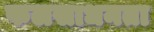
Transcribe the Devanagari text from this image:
फलसाधनता